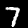
Label: 7